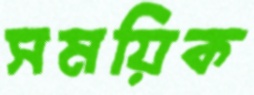
সময়িক